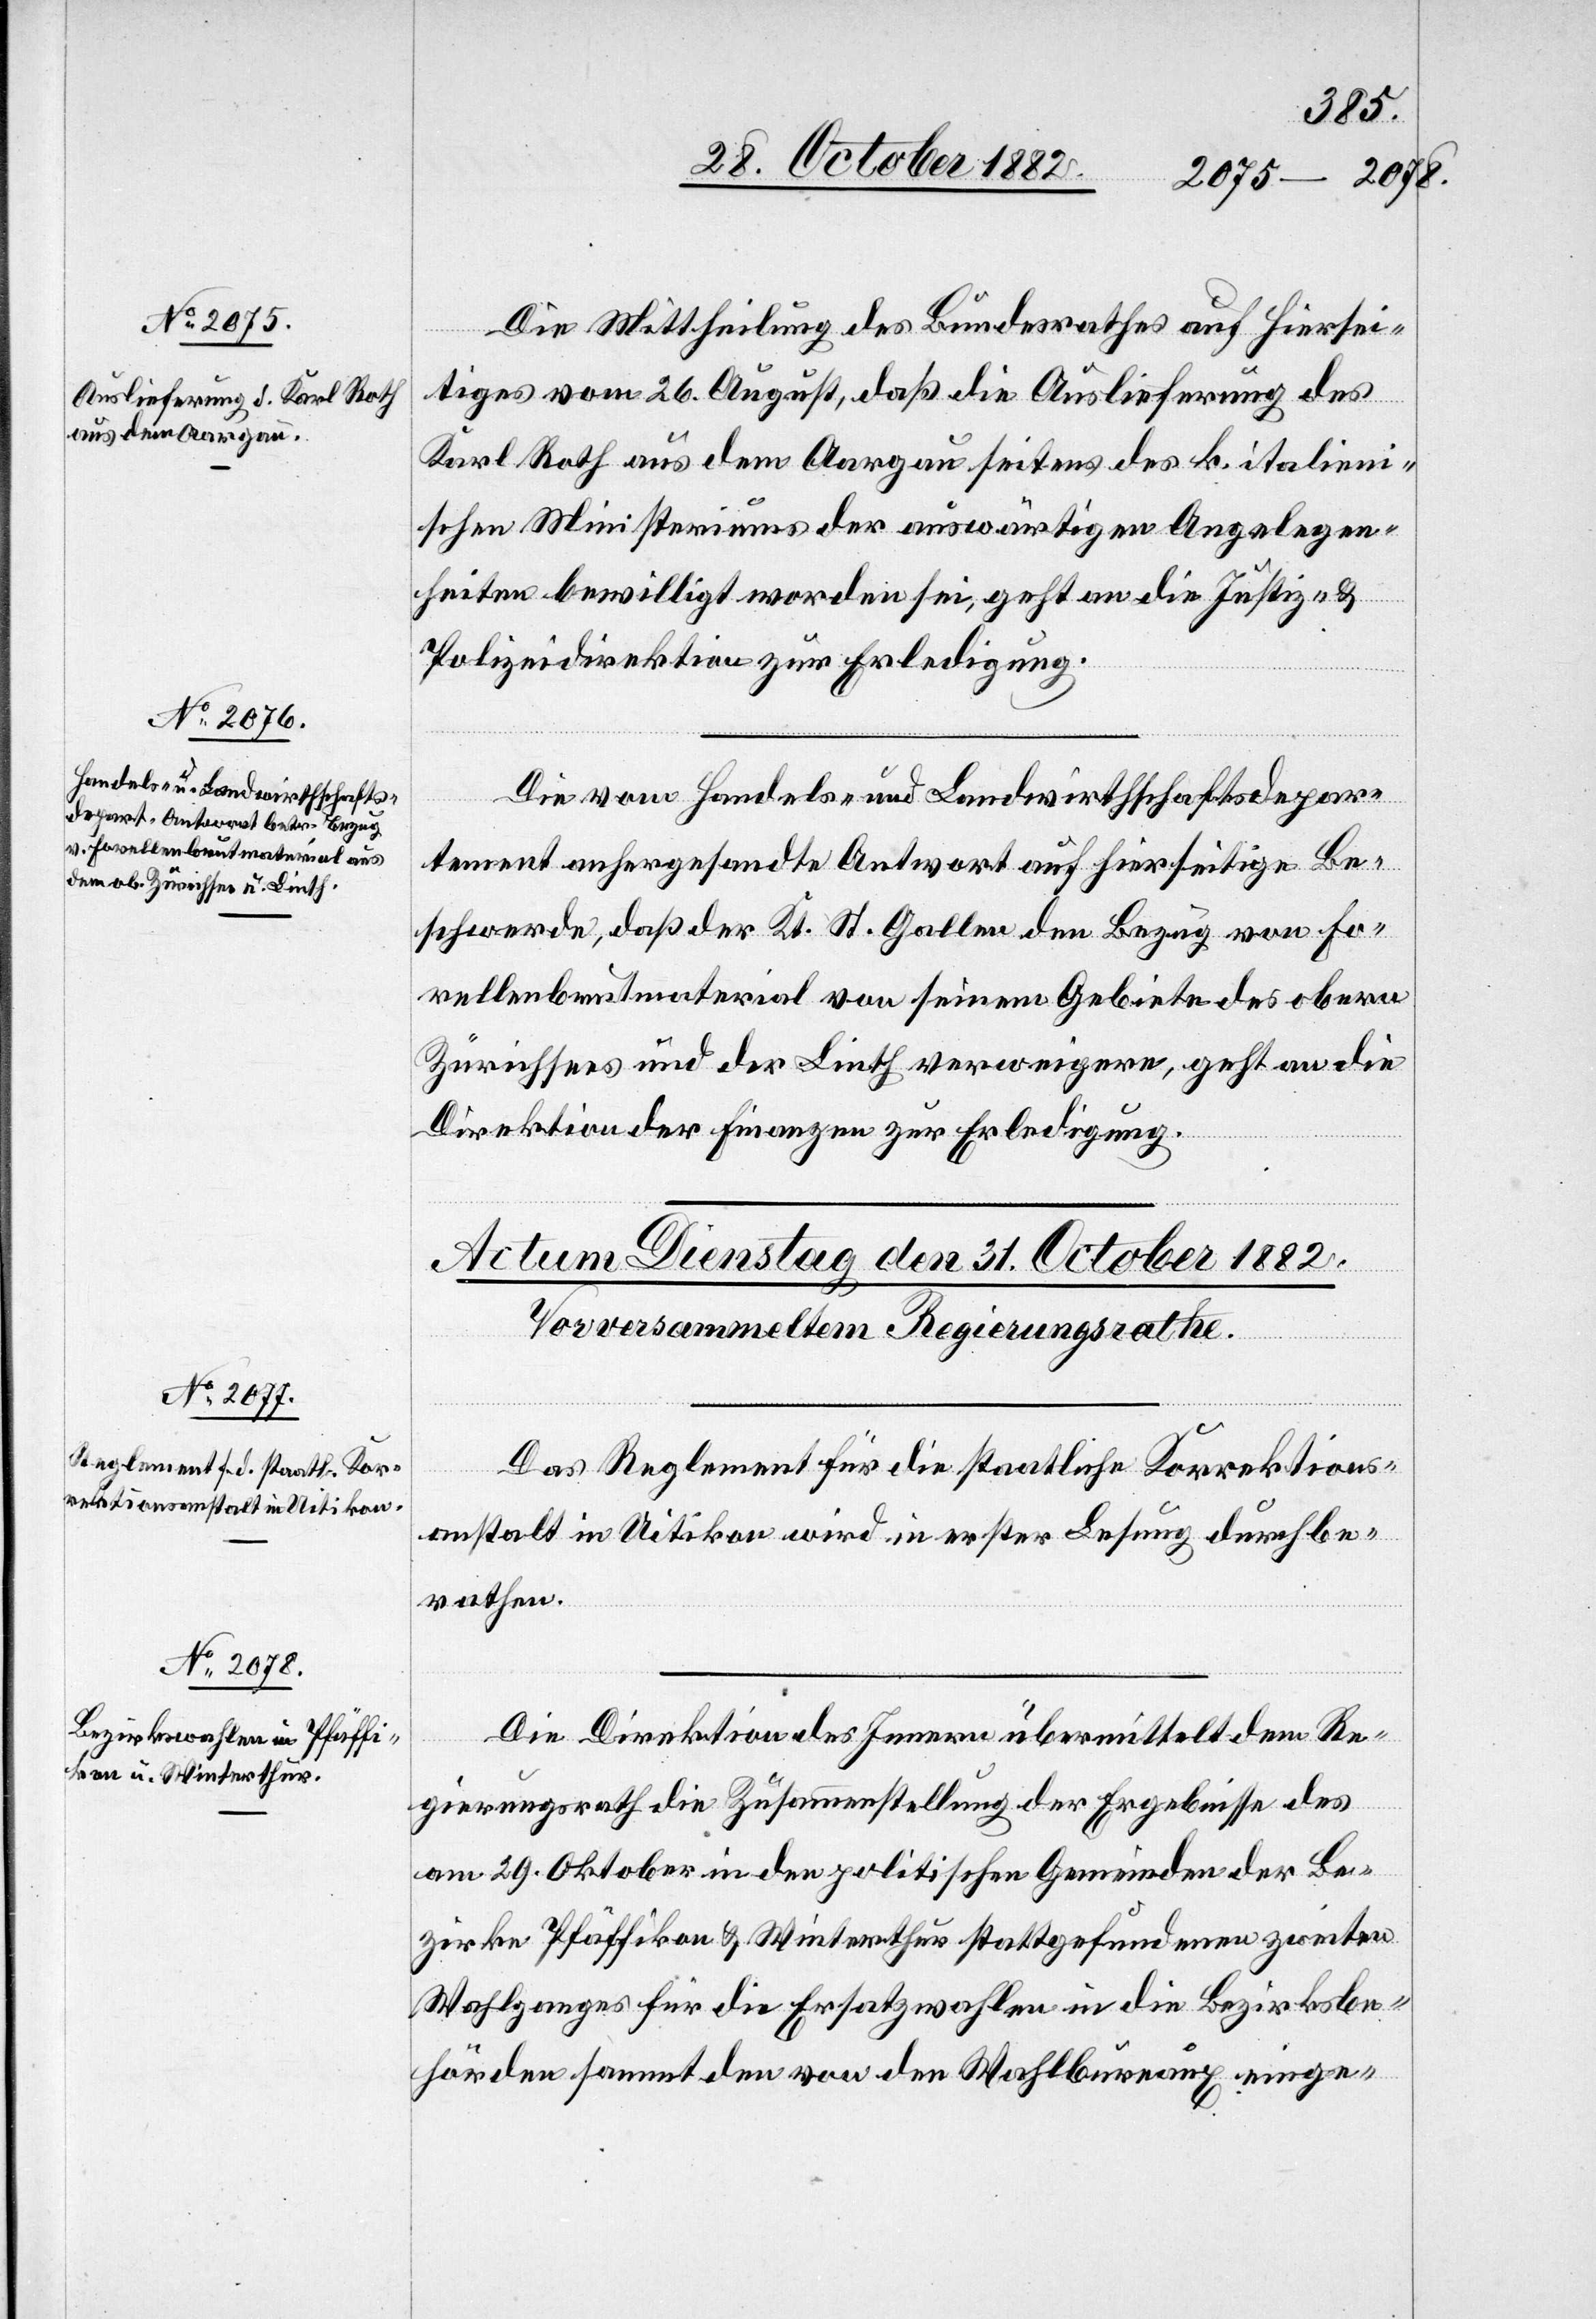
30.
Die Mittheilung des Bundesrathes auf Hiersei¬
tiges vom 26. August, daß die Auslieferung des
Karl Roth aus dem Aargau seitens des k. italieni¬
schen Ministeriums der auswärtigen Angelegen¬
heiten bewilligt worden sei, geht an die Justiz- &
Polizeidirektion zur Erledigung.
Die vom Handels- und Landwirthschaftsdepar¬
tement anhergesandte Antwort auf hierseitige Be¬
schwerde, daß der Kt. St. Gallen den Bezug von Fo¬
rellenbrutmaterial von seinem Gebiete des obern
Zürichsees und der Linth verweigere, geht an die
Direktion der Finanzen zur Erledigung.
Das Reglement für die staatliche Korrektions¬
anstalt in Uitikon wird in erster Lesung durchbe¬
rathen.
Die Direktion des Innern übermittelt dem Re¬
gierungsrath die Zusammenstellung der Ergebnisse des
am 29. Oktober in den politischen Gemeinden der Be¬
zirke Pfäffikon & Winterthur stattgefundenen zweiten
Wahlganges für die Ersatzwahlen in die Bezirksbe¬
hörden sammt den von den Wahlbureaux einge-